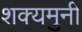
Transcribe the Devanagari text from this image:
शक्यमुनी